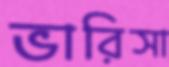
ভারিসা